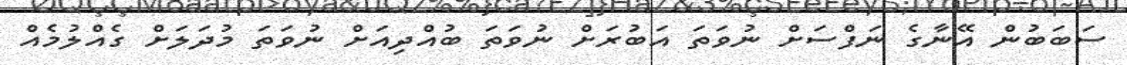
ސަބަބުން އޭނާގެ ނަފްސަށް ނުވަތަ އަބުރަށް ނުވަތަ ބުއްދިއަށް ނުވަތަ މުދަލަށް ގެއްލުމެއް